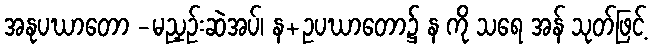
အနုပဃာတော -မညှဉ်းဆဲအပ်၊ န+ဥပဃာတော၌ န ကို သရေ အန် သုတ်ဖြင့်